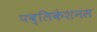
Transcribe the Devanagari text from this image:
पब्लिकेशनस